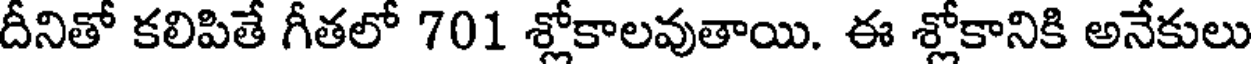
దీనితో కలిపితే గీతలో 701 శ్లోకాలవుతాయి. ఈ శ్లోకానికి అనేకులు